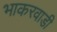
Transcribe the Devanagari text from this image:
भाकरवाडी